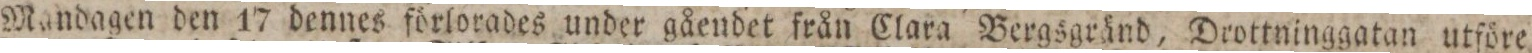
Mandagen den 17 dennes förlorades under gåendet från Clara Bergsgränd, Drottninggatan utföre,